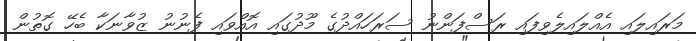
މަރައިލައި އެއްލައިލެވިފައި ރަސްފަންނު ސަރަހައްދުގެ މޫދުގައި އޮއްވައި ފެނުނު ޒުވާނަކާ ބެހޭ ގޮތުން